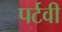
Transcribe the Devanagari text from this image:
पर्टवी